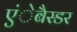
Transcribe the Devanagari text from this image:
एंेबैस्डर